Statistical return of the lunatic asylum in Assam - 1912-1932
Year: 1912
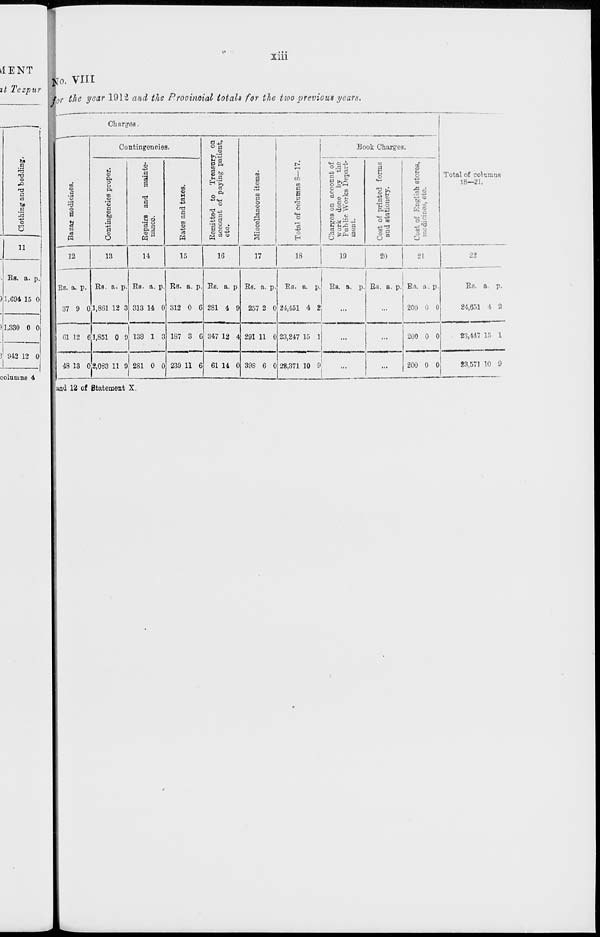
3
h->
....._
ii
1-^
1 3
©
co
CO
CO
cs
©
fed
DO
K5
W
a
w
(—1
©
h-l
en
p
l-l
Clothing and beddinj*.
o
©
©
*pj
1
.
, •
*»
o
co
. -
\
\ ^
9
to
CO
to
-a
©
p
to
Bazar medicines.
1 *** <
o
•3
•"*
o
OS
©
"
^
l-H
TO
c«
H-i
C6
**
P
©
00
00
fed
ft
rt-
oo
CT
CS
IB
-4
B
cf-
CO
I-*
(0
o
CD
to
CO
p
I-*
CO
Contingencies proper.
O
o
a
1—<
CO
f—
to
M
-'
o
to
>-»
CO
fed
m
cf
m
5i
co
CO
CO
CO
If*
Repairs and mainte- WJ
ft-
©
»-«
l»>
p
nance.
3
a
o
CO
©
CD
m
ra
to
CO
00
CO
1—'
w
*J
CO
-a
CO
to
©
p
Rates and taxes.
CS
cs
cs
•o
o
CS
CO
to
CO
fed
m
Remitted to Treasury on
M
1—I
cs
account of paying patient,
c*v
*>■
to
tfk
p
etc.
<J1»
©
*
©
•a
ft
co
©
to
©
to
fed
>
CO
l-»
en
-
«4
Miscellaneous items.
■-4
©
o
to
p
C1»
©
•o
»
H
8
CO
to
.co
"to
to
fed
s
s:
ft
Cn
*-
-
00
Total of columns 8—17.
^3
l-»
H-«
p
-*
o
CT
iz-
©
_
to
•e
«».
fed
i
Charges on account of j
s; •a
V
work done by the j
^
-
•
•
p
©
Public Works Depart-
Si
ment.
-*
•o
bd
Co
o
to
w
to
re
Cost of printed forms
O
p
©
and stationery.
p
m
to
to
to
m
8
©
©
©
to
Cost of English stores,
o
©
©
p
'"*
mcdiciueSj etc.
o
©
©
*?
i-3
o
CTt-
P
M
to
to
i-* • _-
03
as
or
fed
m
to
CO
OO O
tto
1—1
~J
M
t-j o
!-•
p
" ?
o
Ol
*»
a
o
i-«
to
V
a
at